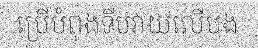
ប្រើបំពុងទីបវាយលើបង